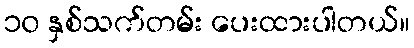
၁၀ နှစ်သက်တမ်း ပေးထားပါတယ်။